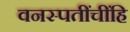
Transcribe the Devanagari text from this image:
वनस्पतींचींहि